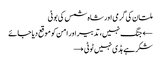
ملتان کی گرمی اور شاہ شمس کی بوٹی
← جنگ نہیں، تدبیر اور امن کو موقع دیا جائے
شکر ہے ہڈی نہیں ٹوٹی →